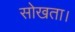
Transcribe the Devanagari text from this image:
सोखता।